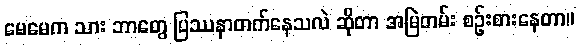
မေမေက သား ဘာတွေ ပြဿနာတက်နေသလဲ ဆိုတာ အမြဲတမ်း စဉ်းစားနေတာ။